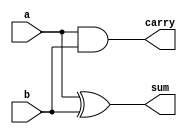
`timescale 1ns / 1ps
//////////////////////////////////////////////////////////////////////////////////
// Company: 
// Engineer: 
// 
// Design Name: 
// Module Name:    halfadder_st 
// Project Name: 
// Target Devices: 
// Tool versions: 
// Description: 
//
// Dependencies: 
//
// Revision: 
// Revision 0.01 - File Created
// Additional Comments: 
//
//////////////////////////////////////////////////////////////////////////////////
module halfadder_st(
    input a,b,
    output sum,carry
    );
xor o1(sum,a,b);
and a1(carry,a,b);

endmodule